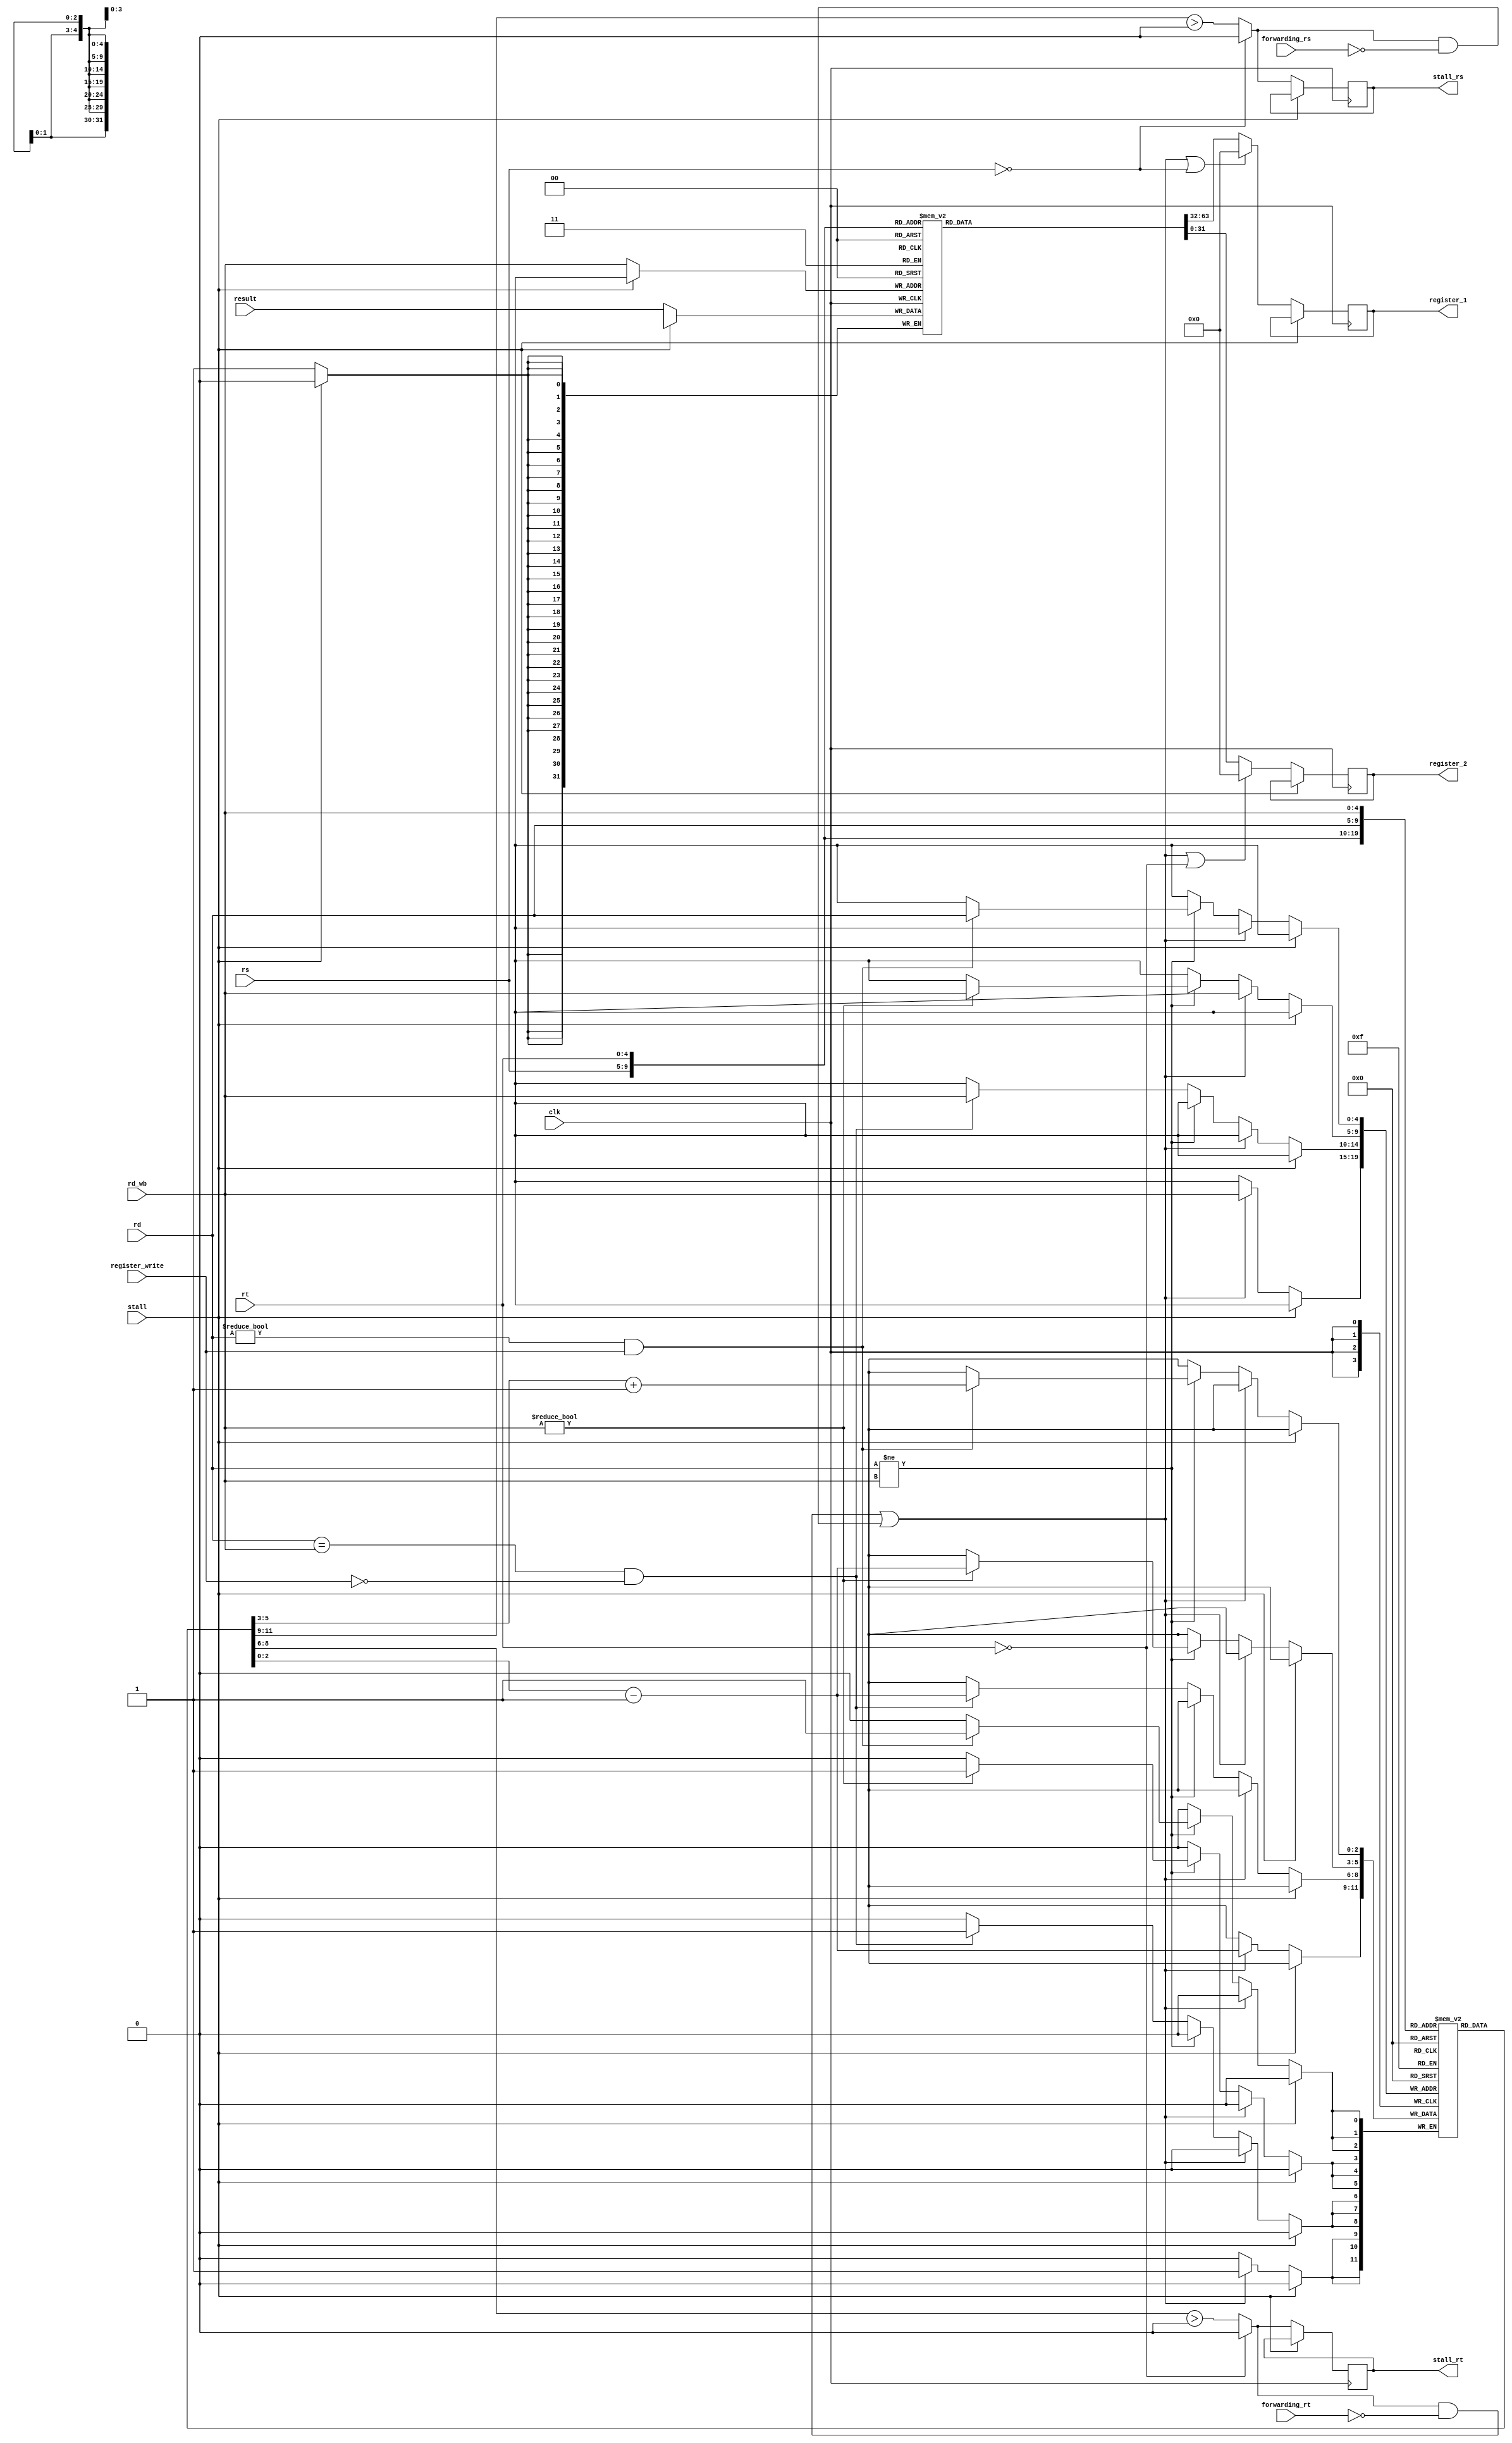

module RF(
    input [4:0] rs,
    input [4:0] rt,
    input [4:0] rd,
    input [4:0] rd_wb,
    input [31:0] result,
    input register_write,
    input clk,
    input stall,
    input forwarding_rs,
    input forwarding_rt,
    output reg stall_rs,
    output reg stall_rt,
    output reg [31:0] register_1,
    output reg [31:0] register_2
    );

reg [31:0] register_file [0:31];

reg [2:0] register_locks [0:31];

wire rs_locked;
assign rs_locked = rs == 0 ? 0 : (register_locks[rs] > 0);

wire rt_locked;
assign rt_locked = rt == 0 ? 0 : (register_locks[rt] > 0);

wire stall_w;
assign stall_w = (rt_locked == 1 && forwarding_rt == 0) || (rs_locked == 1 && forwarding_rs == 0);

integer i;
initial begin
    stall_rs = 0;
    stall_rt = 0;
    register_1 = 0;
    register_2 = 0;
    for(i = 0; i<32; i = i+1) begin
        register_file[i] = {32{1'b0}};
        register_locks[i] = {3{1'b0}};
    end
    register_file[29] = 'hfffffff0;
    register_file[30] = 'hfffffff0;
    register_file[31] = 'h80000000;
end

always @(negedge clk) begin
    if(stall == 0) begin
        if(stall_w == 0) begin
            if(rd != rd_wb ) begin
                if(rd != 0 && register_write == 1) begin
                    register_locks[rd] <= register_locks[rd] + 1;
                end
                if(rd_wb != 0) begin
                    register_locks[rd_wb] <= register_locks[rd_wb] - 1;
                end
            end else if (rd == rd_wb && register_write == 0) begin
                register_locks[rd_wb] <= register_locks[rd_wb] - 1;
            end
        end else begin
            register_locks[rd_wb] <= register_locks[rd_wb] - 1;
        end
        register_file[rd_wb] <= result;
        register_1 <= stall_w == 1 || rs == 0 ? 0 : register_file[rs];
        register_2 <= stall_w == 1 || rt == 0 ? 0 : register_file[rt];
        stall_rs <= rs_locked;
        stall_rt <= rt_locked;
    end

end
    
    
endmodule








/*
`timescale 1ns / 1ps
//////////////////////////////////////////////////////////////////////////////////
// Company: 
// Engineer: 
// 
// Design Name: 
// Module Name: RF
// Project Name: 
// Target Devices: 
// Tool Versions: 
// Description: 
// 
// Dependencies: 
// 
// Revision:
// Revision 0.01 - File Created
// Additional Comments:
// 
//////////////////////////////////////////////////////////////////////////////////


module RF(
    input [4:0] rs,
    input [4:0] rt,
    input [4:0] rd,
    input [4:0] rd_wb,
    input [31:0] result,
    input register_write,
    input clk,
    output stall,
    output [31:0] register_1,
    output [31:0] register_2
    );   

wire [0:31] locks;
reg [0:31] locks_reg;
reg stall_reg;

reg [31:0] register_1_reg;
reg [31:0] register_2_reg;

assign locks = {{1'b0},locks_reg[1:31]};

reg [31:0] register_file [0:31];

wire rs_locked;
wire rt_locked;
wire stall_w;

assign rs_locked = locks[rs];
assign rt_locked = locks[rt];
assign stall_w = rs_locked | rt_locked;

assign stall = stall_w == 0 ? 0 : stall_reg;

wire [31:0] rs_w;
wire [31:0] rt_w;
assign rs_w = (stall_w == 1 && rd_wb == rs) ? result : register_file[rs];
assign rt_w = (stall_w == 1 && rd_wb == rt) ? result : register_file[rt];

assign register_1 = stall == 0 ? register_1_reg : 0;
assign register_2 = stall == 0 ? register_2_reg : 0;


integer i;
initial begin
    locks_reg = 0;
    stall_reg = 0;
    for(i = 0; i<32; i = i+1) begin
        register_file[i] = {32{1'b0}};
    end
    //Init stack and frame pointer
    register_file[29] = 'hffffffff;
    register_file[30] = 'hffffffff;
    register_1_reg = 0;
    register_2_reg = 0;
    wait_for_rt_or_rs = 0;
end 
reg wait_for_rt_or_rs;
reg [4:0] waiting_for;
always @ (negedge clk) begin
    if (rd_wb != 0) begin
       //locks_reg[rd_wb] <= 0;
       register_file[rd_wb] <= result;
    end
    if ((rd_wb == rd && register_write == 1) || wait_for_rt_or_rs == 1 ) begin
        if((rs != rd && rs_locked == 1) || (rt != rd && rt_locked == 1)) begin
            stall_reg <= stall_w;
            wait_for_rt_or_rs <= 1;
            waiting_for <= rs != rd ? rs : rt;
        end else begin
            stall_reg <= 0;
        end
    end else begin
        locks_reg[rd_wb] <= 0;
        stall_reg <= stall_w;
    end
    if(wait_for_rt_or_rs == 1 && rd_wb == waiting_for) begin
        locks_reg[rd_wb] <= 0;
        stall_reg <= 0;
        wait_for_rt_or_rs <= 0;
    end
    register_1_reg <= rs == 0 ? 0 : rs_w;
    register_2_reg <= rt == 0 ? 0 : rt_w;
     
    if (rd != 0 && register_write == 1 && stall == 0) begin 
       locks_reg[rd] <= 1;
    end
end
        
        
        
    
    
endmodule
*/